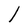
Character: l